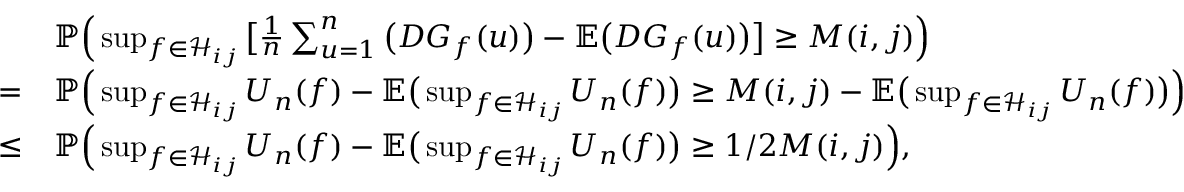
\begin{array} { r l } & { \mathbb { P } \Big ( \operatorname* { s u p } _ { f \in \mathcal { H } _ { i j } } \big [ \frac { 1 } { n } \sum _ { u = 1 } ^ { n } \big ( D G _ { f } ( u ) \big ) - \mathbb { E } \big ( D G _ { f } ( u ) \big ) \big ] \geq M ( i , j ) \Big ) } \\ { = } & { \mathbb { P } \Big ( \operatorname* { s u p } _ { f \in \mathcal { H } _ { i j } } U _ { n } ( f ) - \mathbb { E } \big ( \operatorname* { s u p } _ { f \in \mathcal { H } _ { i j } } U _ { n } ( f ) \big ) \geq M ( i , j ) - \mathbb { E } \big ( \operatorname* { s u p } _ { f \in \mathcal { H } _ { i j } } U _ { n } ( f ) \big ) \Big ) } \\ { \leq } & { \mathbb { P } \Big ( \operatorname* { s u p } _ { f \in \mathcal { H } _ { i j } } U _ { n } ( f ) - \mathbb { E } \big ( \operatorname* { s u p } _ { f \in \mathcal { H } _ { i j } } U _ { n } ( f ) \big ) \geq 1 / 2 M ( i , j ) \Big ) , } \end{array}